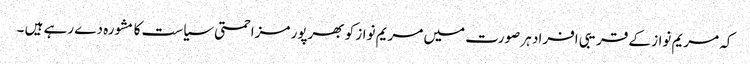
کہ مریم نواز کے قریبی افراد ہر صورت میں مریم نواز کو بھرپور مزاحمتی سیاست کا مشورہ دے رہے ہیں ۔